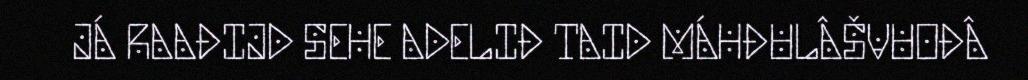
JÁ RAAĐIJD SEHE ADELIĐ TAID MÁHĐULÂŠVUOĐÂ